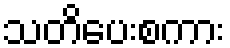
သတိပေးစကား